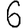
Digit: 6